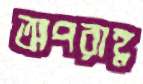
অপরাহ্ণ